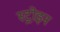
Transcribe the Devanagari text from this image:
स्ट्रोइन